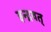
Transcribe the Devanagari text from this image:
इन्द्रवत्